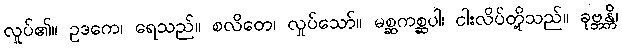
လှုပ်၏။ ဥဒကေ၊ ရေသည်။ စလိတေ၊ လှုပ်သော်။ မစ္ဆကစ္ဆပါ၊ ငါးလိပ်တို့သည်။ ခုဗ္ဘန္တိ၊